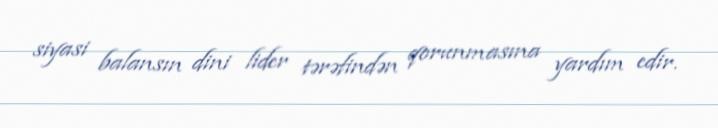
siyasi balansın dini lider tərəfindən qorunmasına yardım edir.